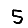
Digit: 5